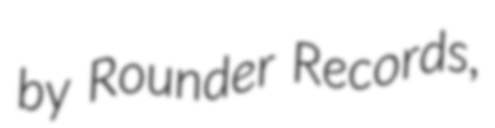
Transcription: by Rounder Records,